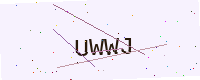
Text: UWWJ